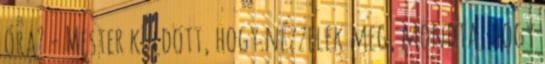
óra? - Mester küldött, hogy nézzelek meg, mondta, hogy